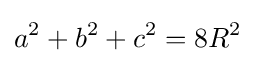
a^{2}+b^{2}+c^{2}=8R^{2}